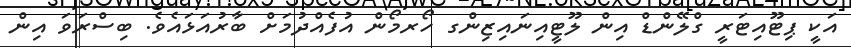
އަކީ ޕިޓޫއިޓަރީ ގްލޭންޑް އިން ލޫޓީއިނައިޒިންގ ހޯރމޯން އުފެއްދުމަށް ބާރުއަޅައެވެ. ބިސްރަވަ އިން